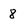
Character: 8